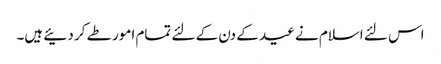
اس لئے اسلام نے عید کے دن کے لئے تمام امور طے کر دئیے ہیں۔